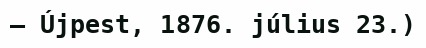
– Újpest, 1876. július 23.)